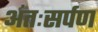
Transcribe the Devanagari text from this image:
अंतःसर्पण